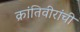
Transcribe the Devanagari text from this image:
क्रांतिवीरांची